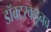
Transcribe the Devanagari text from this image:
डॉक्टरकडूनच